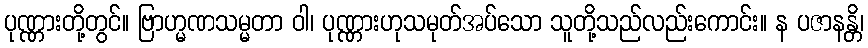
ပုဏ္ဏားတို့တွင်။ ဗြာဟ္မဏသမ္မတာ ဝါ၊ ပုဏ္ဏားဟုသမုတ်အပ်သော သူတို့သည်လည်းကောင်း။ န ပဇာနန္တိ၊